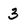
Character: 3